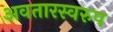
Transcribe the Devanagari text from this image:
अवतारस्वरुप